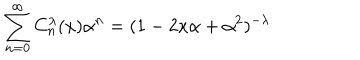
\sum _ { n = 0 } ^ { \infty } C _ { n } ^ { \lambda } ( x ) \alpha ^ { n } = ( 1 - 2 x \alpha + \alpha ^ { 2 } ) ^ { - \lambda }